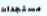
مستجدات